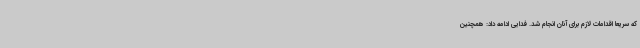
که سریعا اقدامات لازم برای آنان انجام شد. فدایی ادامه داد: همچنین